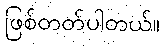
ဖြစ်တတ်ပါတယ်။